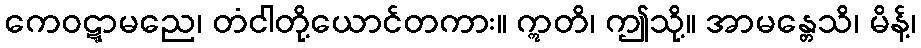
ကေဝဋ္ဋာမညေ၊ တံငါတို့ယောင်တကား။ ဣတိ၊ ဤသို့။ အာမန္တေသိ၊ မိန့်၊